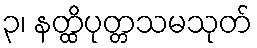
၃၊ နတ္ထိပုတ္တသမသုတ်